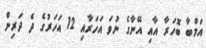
އަމްބާ ބޮހަރާ އާއި އޭނާގެ ނުވަ އަހަރާއި 12 އަހަރުގެ ދެ ދަރިން